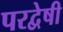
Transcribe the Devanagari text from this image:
परद्वेषी